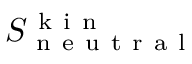
S _ { \mathrm { ~ n ~ e ~ u ~ t ~ r ~ a ~ l ~ } } ^ { \mathrm { ~ k ~ i ~ n ~ } }